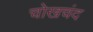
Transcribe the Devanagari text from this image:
चोखचंद